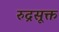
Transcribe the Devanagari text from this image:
रुद्रसूक्त